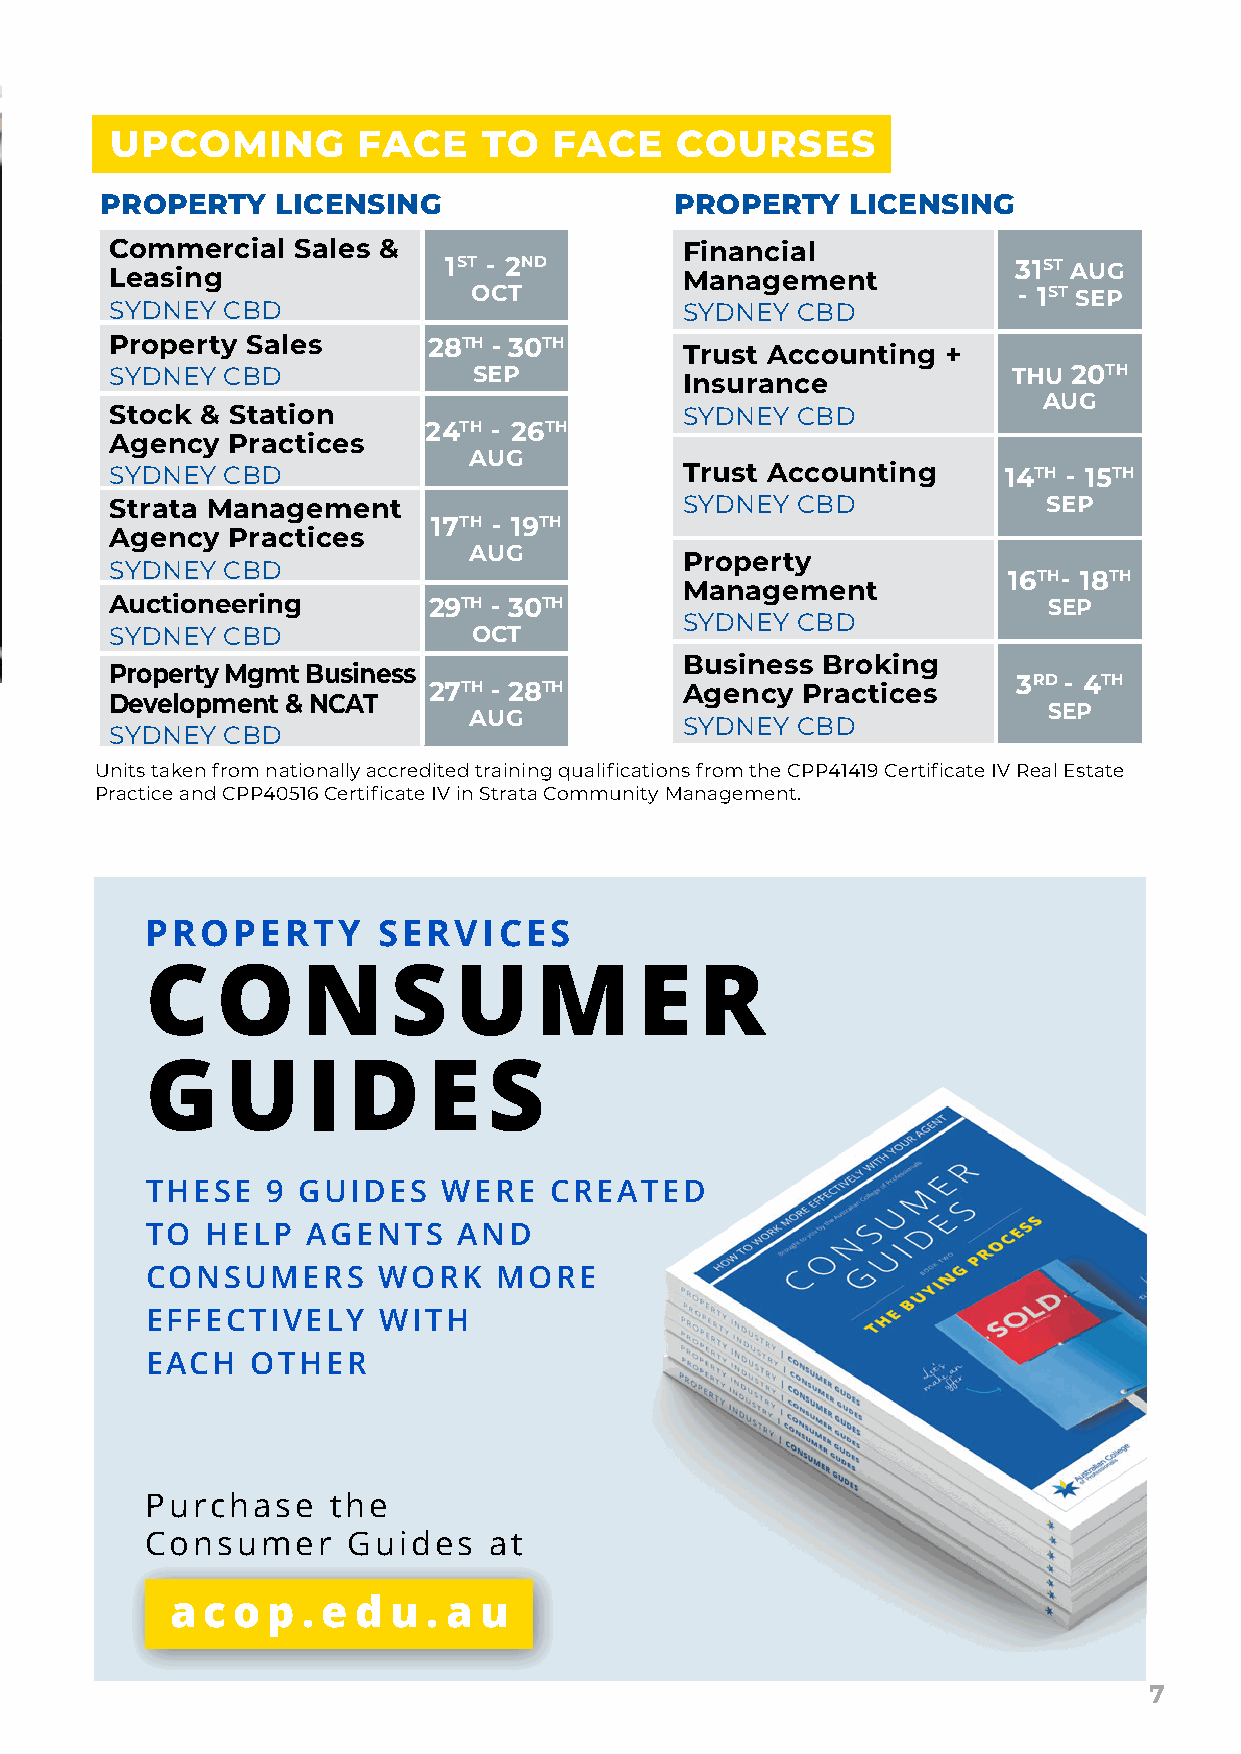
UPCOMING         FACE    TO   FACE    COURSES
 PROPERTY   LICENSING                  PROPERTY   LICENSING
 Commercial  Sales &                   Financial
 Leasing               1ST - 2ND       Management            31ST AUG
 OCT                                 - 1ST SEP
 SYDNEY  CBD                           SYDNEY  CBD
 Property Sales       28TH - 30TH
 Trust Accounting  +
 SYDNEY  CBD             SEP                                 THU 20TH
 Insurance
 AUG
 Stock & Station                       SYDNEY  CBD
 24TH - 26TH
 Agency  Practices
 AUG
 SYDNEY  CBD                           Trust Accounting     14TH - 15TH
 Strata Management                     SYDNEY  CBD             SEP
 17TH - 19TH
 Agency  Practices
 AUG
 Property
 SYDNEY  CBD
 16TH- 18TH
 Management
 Auctioneering        29TH - 30TH                              SEP
 SYDNEY  CBD
 SYDNEY  CBD             OCT
 Business Broking
 Property Mgmt Business
 3RD - 4TH
 27TH - 28TH      Agency  Practices
 Development & NCAT
 SEP
 AUG
 SYDNEY  CBD
 SYDNEY  CBD
 Units taken from nationally accredited training qualifications from the CPP41419 Certificate IV Real Estate
 Practice and CPP40516 Certificate IV in Strata Community Management.
 PROPERTY       SERVICES
 C   O     N     S   U    M      E   R
 G    U    I  D    E   S
 THESE   9 GUIDES   WERE   CREATED
 TO  HELP  AGENTS    AND
 CONSUMERS      WORK    MORE
 EFFECTIVELY    WITH
 EACH   OTHER
 Purchase    the
 Consumer     Guides   at
 a c o  p . e d u . a u
 7